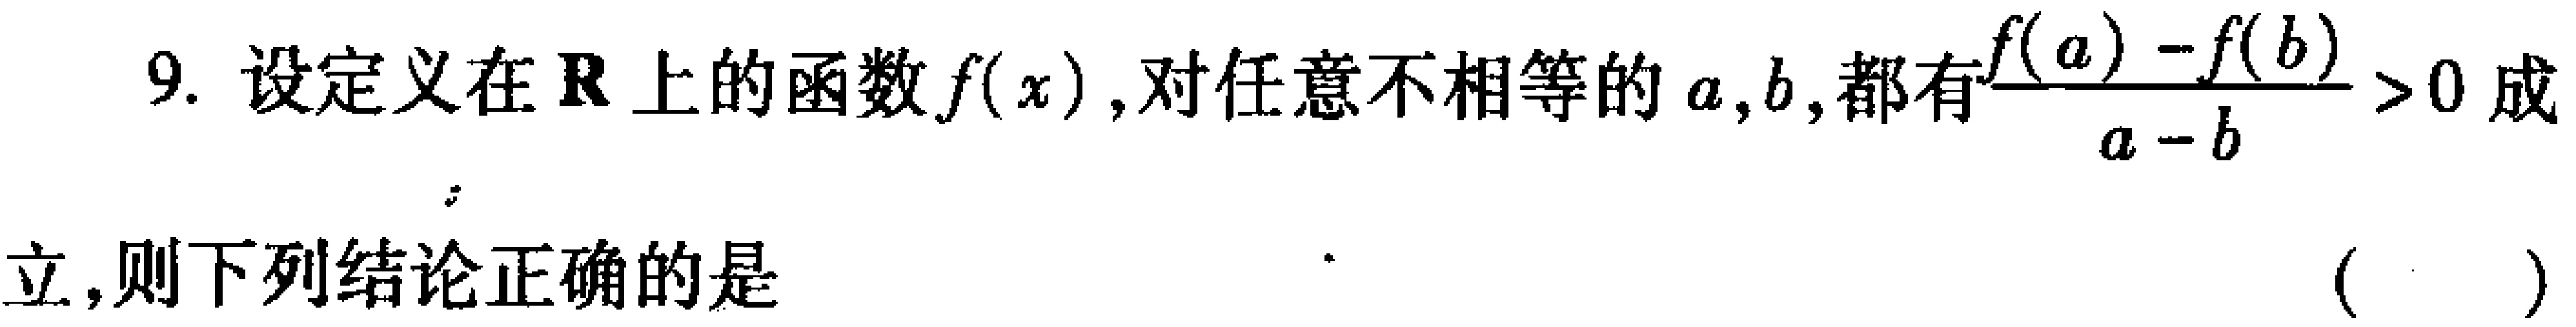
9. 设定义在\(\mathbb{R}\)上的函数\(f(x)\)，对任意不相等的\(a,b\)，都有\(\frac{f(a)-f(b)}{a - b}>0\)成

立，则下列结论正确的是  （  ）